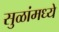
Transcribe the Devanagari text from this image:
सुळांमध्ये